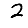
Digit: 2